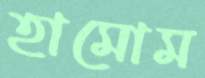
হামোম